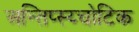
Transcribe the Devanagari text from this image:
अन्तिप्स्य्चोटिक